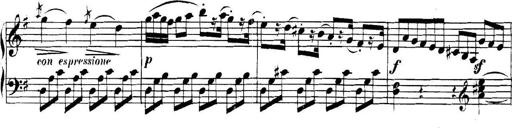
Title: Collected Piano Sonatas
Composer: Muzio Clementi